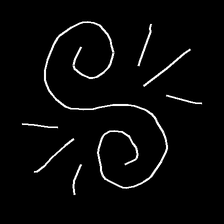
Glyph: wind-directs-air